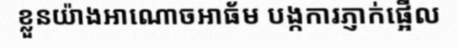
ខ្លួនយ៉ាងអាណោចអាធ័ម បង្កការភ្ញាក់ផ្អើល